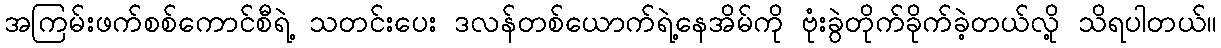
အကြမ်းဖက်စစ်ကောင်စီရဲ့ သတင်းပေး ဒလန်တစ်ယောက်ရဲ့နေအိမ်ကို ဗုံးခွဲတိုက်ခိုက်ခဲ့တယ်လို့ သိရပါတယ်။